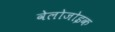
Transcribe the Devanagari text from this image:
वेलोजोइक